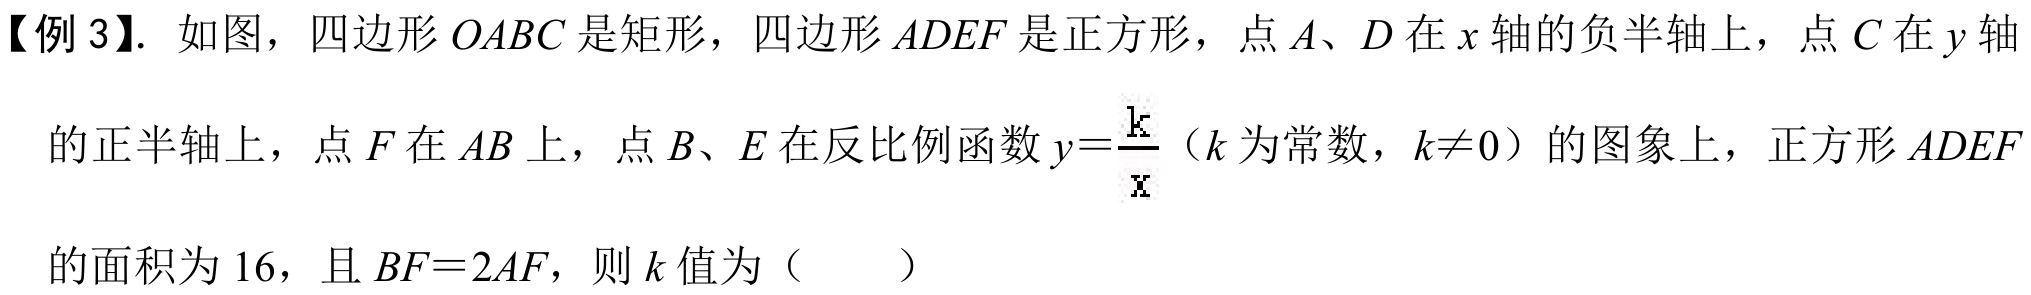
【例 3】. 如图，四边形\(OABC\)是矩形，四边形\(ADEF\)是正方形，点\(A\)、\(D\)在\(x\)轴的负半轴上，点\(C\)在\(y\)轴
的正半轴上，点\(F\)在\(AB\)上，点\(B\)、\(E\)在反比例函数\(y = \frac{k}{x}\)（\(k\)为常数，\(k\neq0\)）的图象上，正方形\(ADEF\)
的面积为\(16\)，且\(BF = 2AF\)，则\(k\)值为（  ）